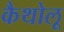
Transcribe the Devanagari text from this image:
कैथोलू